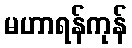
မဟာရန်ကုန်